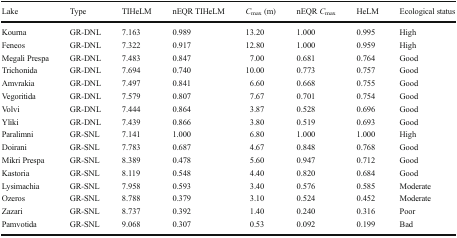
<table><thead><tr><td><b>Lake</b></td><td><b>Type</b></td><td><b>TIHeLM</b></td><td><b>nEQR TIHeLM</b></td><td><b><i>C</i><sub>max</sub> (m)</b></td><td><b>nEQR <i>C</i><sub>max</sub></b></td><td><b>HeLM</b></td><td><b>Ecological status</b></td></tr></thead><tbody><tr><td>Kourna</td><td>GR-DNL</td><td>7.163</td><td>0.989</td><td>13.20</td><td>1.000</td><td>0.995</td><td>High</td></tr><tr><td>Feneos</td><td>GR-DNL</td><td>7.322</td><td>0.917</td><td>12.80</td><td>1.000</td><td>0.959</td><td>High</td></tr><tr><td>Megali Prespa</td><td>GR-DNL</td><td>7.483</td><td>0.847</td><td>7.00</td><td>0.681</td><td>0.764</td><td>Good</td></tr><tr><td>Trichonida</td><td>GR-DNL</td><td>7.694</td><td>0.740</td><td>10.00</td><td>0.773</td><td>0.757</td><td>Good</td></tr><tr><td>Amvrakia</td><td>GR-DNL</td><td>7.497</td><td>0.841</td><td>6.60</td><td>0.668</td><td>0.755</td><td>Good</td></tr><tr><td>Vegoritida</td><td>GR-DNL</td><td>7.579</td><td>0.807</td><td>7.67</td><td>0.701</td><td>0.754</td><td>Good</td></tr><tr><td>Volvi</td><td>GR-DNL</td><td>7.444</td><td>0.864</td><td>3.87</td><td>0.528</td><td>0.696</td><td>Good</td></tr><tr><td>Yliki</td><td>GR-DNL</td><td>7.439</td><td>0.866</td><td>3.80</td><td>0.519</td><td>0.693</td><td>Good</td></tr><tr><td>Paralimni</td><td>GR-SNL</td><td>7.141</td><td>1.000</td><td>6.80</td><td>1.000</td><td>1.000</td><td>High</td></tr><tr><td>Doirani</td><td>GR-SNL</td><td>7.783</td><td>0.687</td><td>4.67</td><td>0.848</td><td>0.768</td><td>Good</td></tr><tr><td>Mikri Prespa</td><td>GR-SNL</td><td>8.389</td><td>0.478</td><td>5.60</td><td>0.947</td><td>0.712</td><td>Good</td></tr><tr><td>Kastoria</td><td>GR-SNL</td><td>8.119</td><td>0.548</td><td>4.40</td><td>0.820</td><td>0.684</td><td>Good</td></tr><tr><td>Lysimachia</td><td>GR-SNL</td><td>7.958</td><td>0.593</td><td>3.40</td><td>0.576</td><td>0.585</td><td>Moderate</td></tr><tr><td>Ozeros</td><td>GR-SNL</td><td>8.788</td><td>0.379</td><td>3.10</td><td>0.524</td><td>0.452</td><td>Moderate</td></tr><tr><td>Zazari</td><td>GR-SNL</td><td>8.737</td><td>0.392</td><td>1.40</td><td>0.240</td><td>0.316</td><td>Poor</td></tr><tr><td>Pamvotida</td><td>GR-SNL</td><td>9.068</td><td>0.307</td><td>0.53</td><td>0.092</td><td>0.199</td><td>Bad</td></tr></tbody></table>